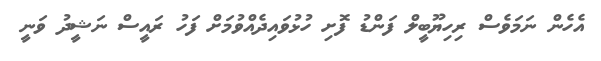
އެހެން ނަމަވެސް ރިހިޔޫބީލް ފަންޑު ފޮށި ހުޅުވައިދެއްވުމަށް ފަހު ރައީސް ނަޝީދު ވަނީ